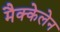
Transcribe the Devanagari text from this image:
मैक्केलेन